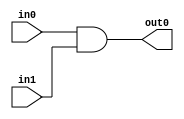
`timescale 1ns / 1ps

module and1(
             input [7:0] in0,
             input [7:0] in1,
             output [7:0] out0
           );
  assign out0=in0&in1;
endmodule